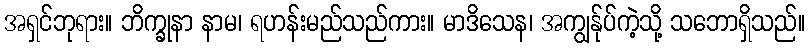
အရှင်ဘုရား။ ဘိက္ခုနာ နာမ၊ ရဟန်းမည်သည်ကား။ မာဒိသေန၊ အကျွန်ုပ်ကဲ့သို့ သဘောရှိသည်။